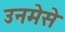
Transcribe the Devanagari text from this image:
उनमेसे